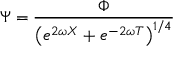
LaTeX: \Psi = \frac { \Phi } { \left( e ^ { 2 \omega X } + e ^ { - 2 \omega T } \right) ^ { 1 / 4 } }